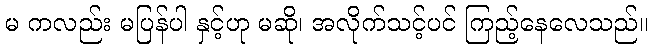
မ ကလည်း မပြန်ပါ နှင့်ဟု မဆို၊ အလိုက်သင့်ပင် ကြည့်နေလေသည်။